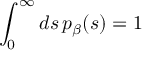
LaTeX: \int _ { 0 } ^ { \infty } d s \, p _ { \beta } ( s ) = 1